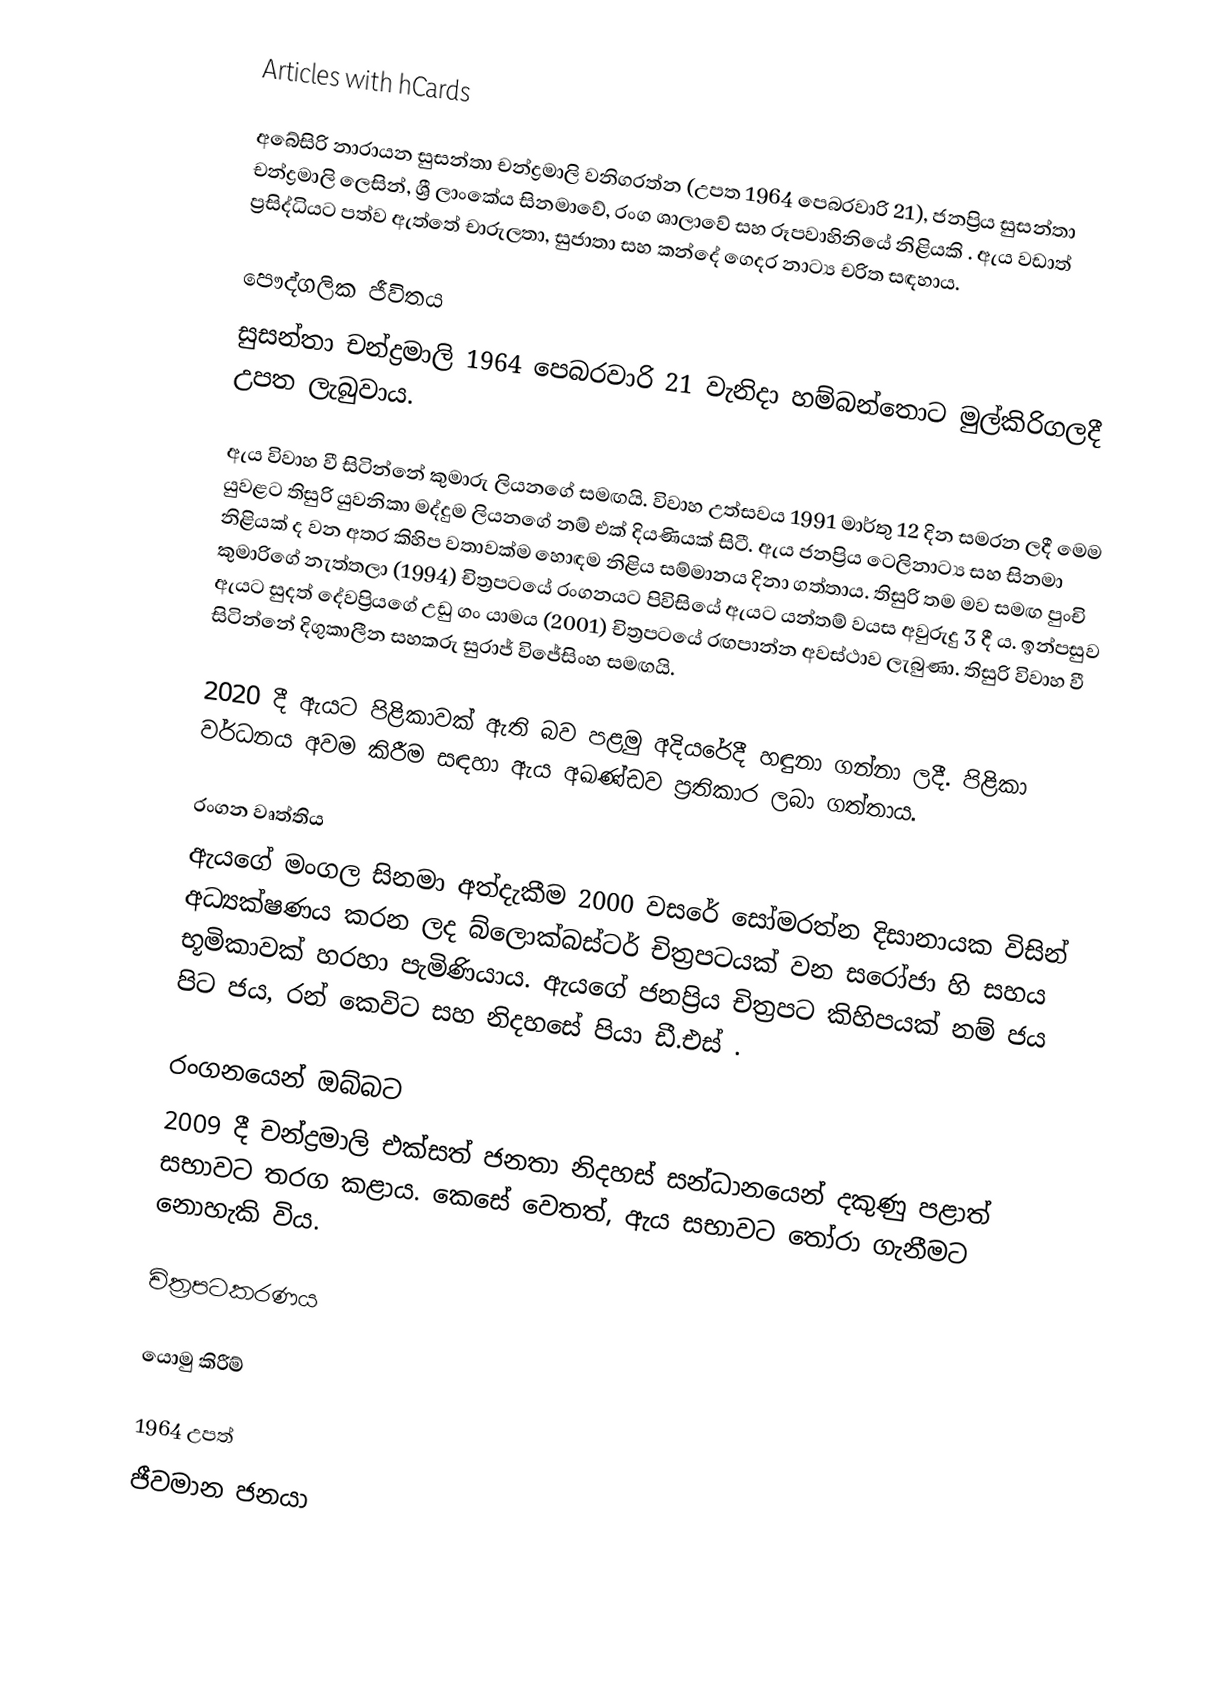
Articles with hCards

අබේසිරි නාරායන සුසන්තා චන්ද්‍රමාලි වනිගරත්න  (උපත 1964 පෙබරවාරි 21), ජනප්‍රිය සුසන්තා චන්ද්‍රමාලි ලෙසින්, ශ්‍රී ලාංකේය සිනමාවේ, රංග ශාලාවේ සහ රූපවාහිනියේ නිළියකි .  ඇය වඩාත් ප්‍රසිද්ධියට පත්ව ඇත්තේ චාරුලතා, සුජාතා සහ කන්දේ ගෙදර නාට්‍ය චරිත සඳහාය.

පෞද්ගලික ජීවිතය
සුසන්තා චන්ද්‍රමාලි 1964 පෙබරවාරි 21 වැනිදා හම්බන්තොට මුල්කිරිගලදී උපත ලැබුවාය.

ඇය විවාහ වී සිටින්නේ කුමාරු ලියනගේ සමඟයි. විවාහ උත්සවය 1991 මාර්තු 12 දින සමරන ලදී  මෙම යුවළට තිසුරි යුවනිකා මද්දුම ලියනගේ නම් එක් දියණියක් සිටී.  ඇය ජනප්‍රිය ටෙලිනාට්‍ය සහ සිනමා නිළියක් ද වන අතර කිහිප වතාවක්ම හොඳම නිළිය සම්මානය දිනා ගත්තාය.  තිසුරි තම මව සමඟ පුංචි කුමාරිගේ නැත්තලා (1994) චිත්‍රපටයේ රංගනයට පිවිසියේ ඇයට යන්තම් වයස අවුරුදු 3 දී ය. ඉන්පසුව ඇයට සුදත් දේවප්‍රියගේ උඩු ගං යාමය (2001) චිත්‍රපටයේ රඟපාන්න අවස්ථාව ලැබුණා.  තිසුරි විවාහ වී සිටින්නේ දිගුකාලීන සහකරු සුරාජ් විජේසිංහ සමඟයි.

2020 දී ඇයට පිළිකාවක් ඇති බව පළමු අදියරේදී හඳුනා ගන්නා ලදී. පිළිකා වර්ධනය අවම කිරීම සඳහා ඇය අඛණ්ඩව ප්‍රතිකාර ලබා ගත්තාය.

රංගන වෘත්තිය
ඇයගේ මංගල සිනමා අත්දැකීම 2000 වසරේ සෝමරත්න දිසානායක විසින් අධ්‍යක්ෂණය කරන ලද බ්ලොක්බස්ටර් චිත්‍රපටයක් වන සරෝජා හි සහය භූමිකාවක් හරහා පැමිණියාය.  ඇයගේ ජනප්‍රිය චිත්‍රපට කිහිපයක් නම් ජය පිට ජය, රන් කෙවිට සහ නිදහසේ පියා ඩී.එස් .

රංගනයෙන් ඔබ්බට
2009 දී චන්ද්‍රමාලි එක්සත් ජනතා නිදහස් සන්ධානයෙන් දකුණු පළාත් සභාවට තරග කළාය.   කෙසේ වෙතත්, ඇය සභාවට තෝරා ගැනීමට නොහැකි විය.

චිත්‍රපටකරණය

යොමු කිරීම්

1964 උපත්
ජීවමාන ජනයා